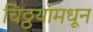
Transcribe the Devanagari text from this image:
चिठ्ठयांमधून